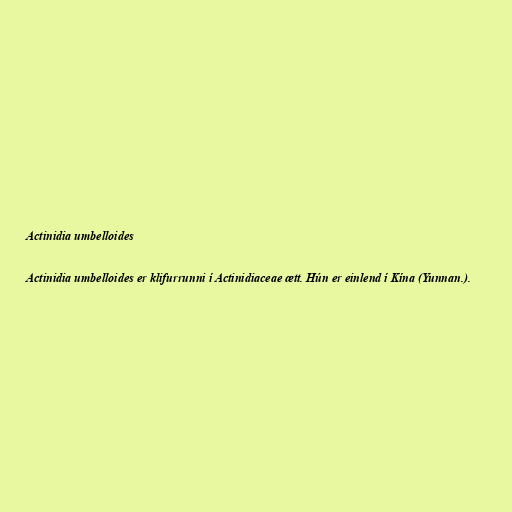
Actinidia umbelloides

Actinidia umbelloides er klifurrunni í Actinidiaceae ætt. Hún er einlend í Kína (Yunnan.).